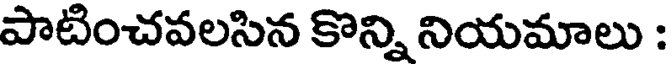
పాటించవలసిన కొన్ని నియమాలు :